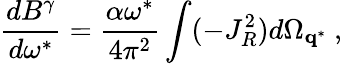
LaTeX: \frac{dB^{\gamma}}{d\omega^{*}}=\frac{\alpha\omega^{*}}{4\pi^{2}}\int(-J_{R}^{2})d\Omega_{{\mathbf q}^{*}}\ ,